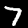
Label: 7